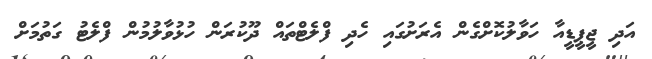
އަދި ޖީޕީޑީއާ ހަވާލުކޮށްގެން އެރަށުގައި ހެދި ފްލެޓްތައް ދޫކުރަން ހުޅުވާލުމުން ފްލެޓު ގަތުމަށް